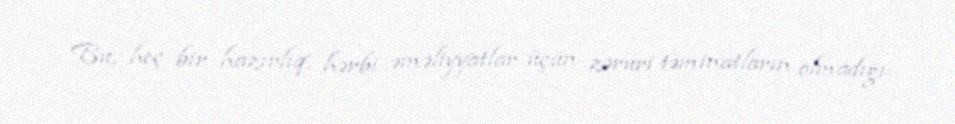
Bu, heç bir hazırlıq, hərbi əməliyyatlar üçün zəruri təminatların olmadığı